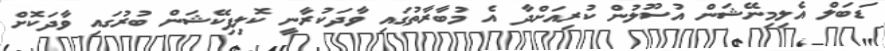
ޑަބަލް އެލިމިނޭޝަން އުސޫލުން ކުރިއަށްދާ އެ މުބާރާތުގައި ވާދަކުރާނީ ކޮލިފިކޭޝަން ބުރުގައި ވާދަކޮށް